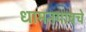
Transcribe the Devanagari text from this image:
धामनगावचे